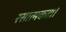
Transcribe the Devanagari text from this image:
रसात्मकता।